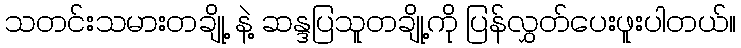
သတင်းသမားတချို့ နဲ့ ဆန္ဒပြသူတချို့ကို ပြန်လွှတ်ပေးဖူးပါတယ်။